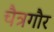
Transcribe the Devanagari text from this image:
चैत्रगौर